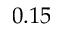
0 . 1 5